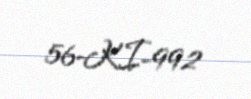
56-KI-992